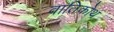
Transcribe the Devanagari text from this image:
वातिकोथ